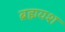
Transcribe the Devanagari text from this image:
ब्रह्मयश